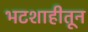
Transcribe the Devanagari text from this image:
भटशाहीतून